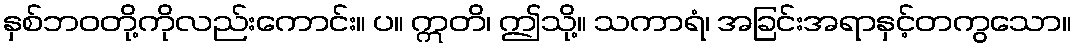
နှစ်ဘဝတို့ကိုလည်းကောင်း။ ပ။ ဣတိ၊ ဤသို့။ သကာရံ၊ အခြင်းအရာနှင့်တကွသော။